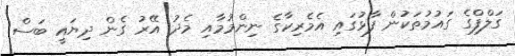
ގަލްފްގެ ގައުމުތަކުން ފާޅުގައި އެމެރިކާގެ ނިންމުމާއި މެދު އޭރު ގެން ދިޔައީ ބަސް